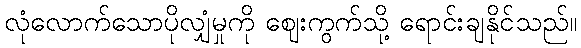
လုံလောက်သောပိုလျှံမှုကို ဈေးကွက်သို့ ရောင်းချနိုင်သည်။